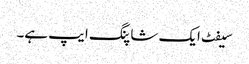
سیفٹ ایک شاپنگ ایپ ہے۔